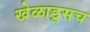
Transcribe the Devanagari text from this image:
खेळाडूसच